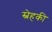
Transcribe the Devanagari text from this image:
स्नेहकी